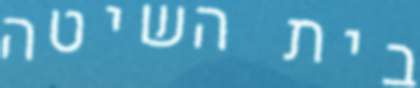
בית השיטה